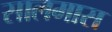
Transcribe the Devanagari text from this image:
सालमास